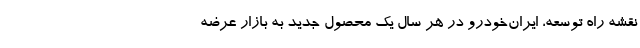
نقشه راه توسعه، ایران‌خودرو در هر سال یک محصول جدید به بازار عرضه